Vaccination report Assam 1874-1896 - 1874-1896
Year: 1874
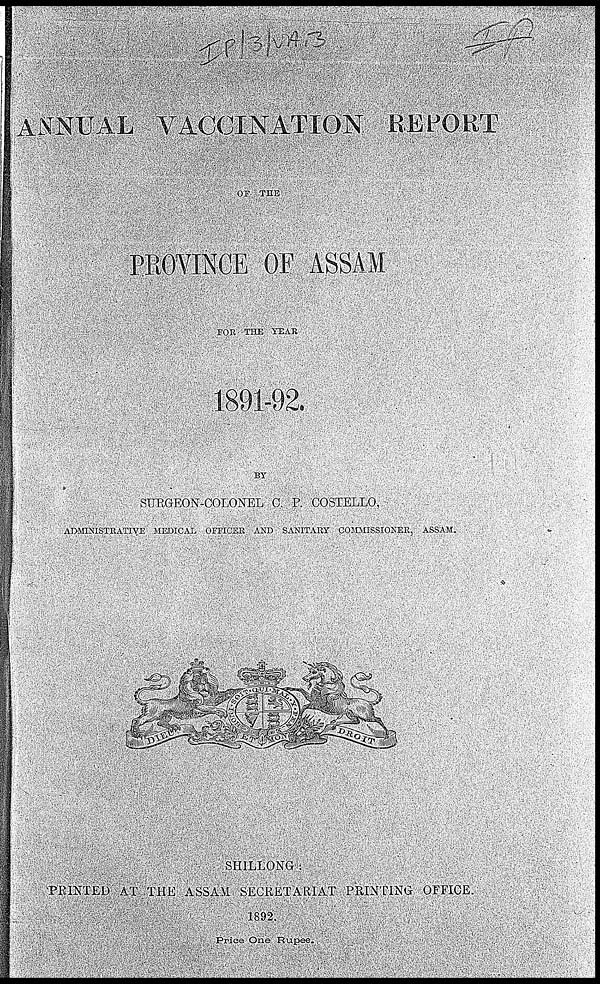
ANNUAL VACCINATION REPORT
OF THE
PROVINCE OF ASSAM
FOR THE YEAR
1891-92.
BY
SURGEON-COLONEL C. P. COSTELLO.
ADMINISTRATIVE MEDICAL OFFICER AND SANITARY COMMISSIONER, ASSAM.
SHILLONG :
PRINTED AT THE ASSAM SECRETARIAT PRINTING OFFICE.
1892.
Price One Rupee.